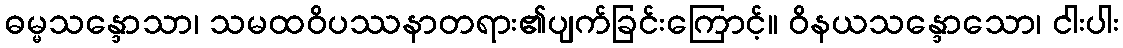
ဓမ္မသန္ဒောသာ၊ သမထဝိပဿနာတရား၏ပျက်ခြင်းကြောင့်။ ဝိနယသန္ဒောသော၊ ငါးပါး